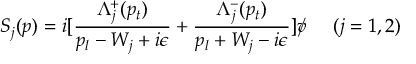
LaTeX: S _ { j } ( p ) = i [ { \frac { \Lambda _ { j } ^ { + } ( p _ { t } ) } { p _ { l } - W _ { j } + i \epsilon } } + { \frac { \Lambda _ { j } ^ { - } ( p _ { t } ) } { p _ { l } + W _ { j } - i \epsilon } } ] \rlap / v \; \; \; \; \; ( j = 1 , 2 )